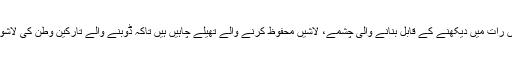
ان کا کہنا تھا کہ انھیں رات میں دیکھنے کے قابل بنانے والی چشمے، لاشیں محفوظ کرنے والے تھیلے چاہیں ہیں تاکہ ڈوبنے والے تارکینِ وطن کی لاشوں کو نکالا جا سکے۔